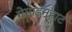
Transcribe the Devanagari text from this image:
गेमाइनहार्ट